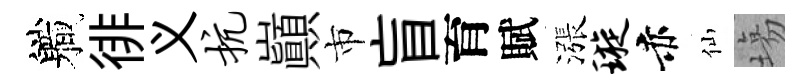
軄徘义抗巔市盲育賦漲璇赤仙塲